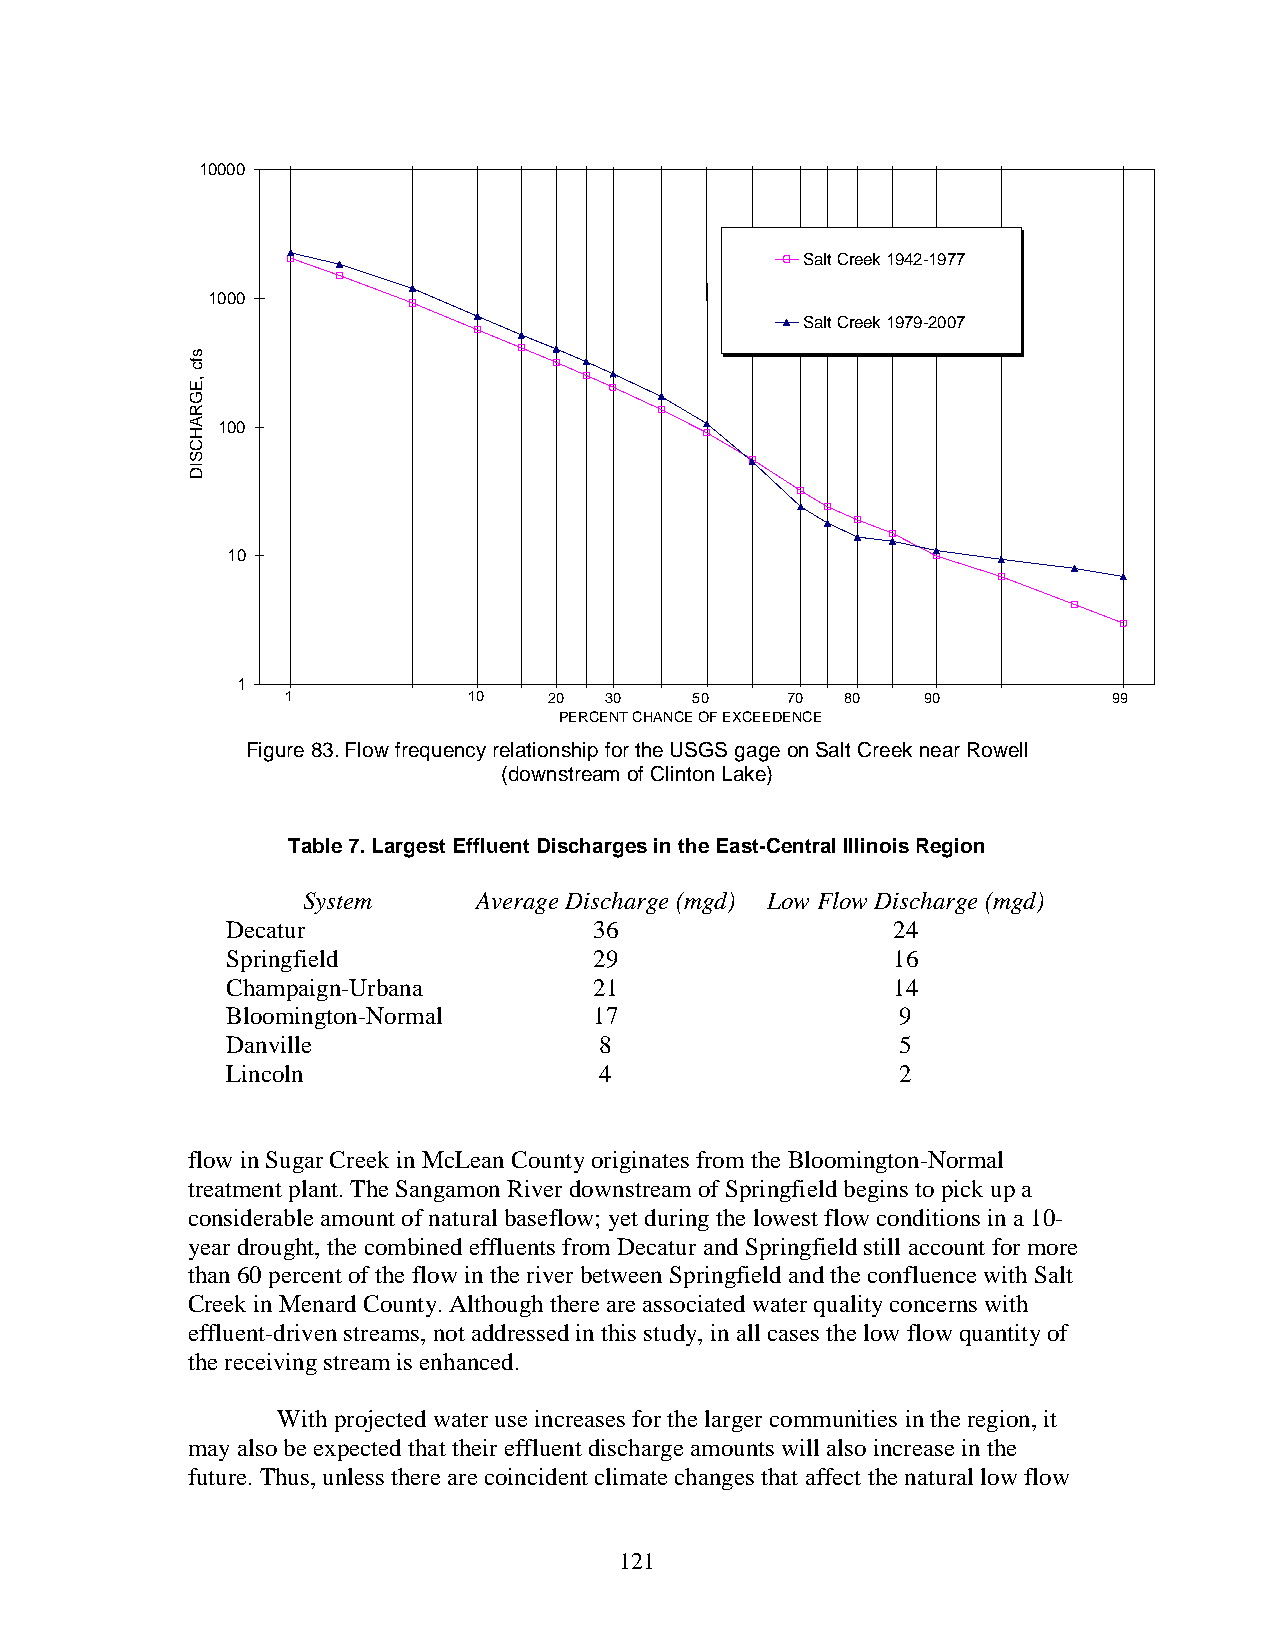
10000
 Salt Creek 1942-1977
 1000
 Salt Creek 1979-2007
 100
 10
 1
 1           10   20  30    50    70  80   90           99
 PERCENT CHANCE OF EXCEEDENCE
 Figure 83. Flow frequency relationship for the USGS gage on Salt Creek near Rowell
 (downstream of Clinton Lake)
 Table 7. Largest Effluent Discharges in the East-Central Illinois Region
 System     Average Discharge (mgd) Low Flow Discharge (mgd)
 Decatur                 36                  24
 Springfield             29                  16
 Champaign-Urbana        21                  14
 Bloomington-Normal      17                   9
 Danville                 8                   5
 Lincoln                  4                   2
 flow in Sugar Creek in McLean County originates from the Bloomington-Normal
 treatment plant. The Sangamon River downstream of Springfield begins to pick up a
 considerable amount of natural baseflow; yet during the lowest flow conditions in a 10-
 year drought, the combined effluents from Decatur and Springfield still account for more
 than 60 percent of the flow in the river between Springfield and the confluence with Salt
 Creek in Menard County. Although there are associated water quality concerns with
 effluent-driven streams, not addressed in this study, in all cases the low flow quantity of
 the receiving stream is enhanced.
 With projected water use increases for the larger communities in the region, it
 may also be expected that their effluent discharge amounts will also increase in the
 future. Thus, unless there are coincident climate changes that affect the natural low flow
 121
 sfc
 ,EGRAHCSID